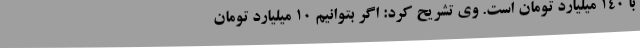
با 140 میلیارد تومان است. وی تشریح کرد: اگر بتوانیم 10 میلیارد تومان